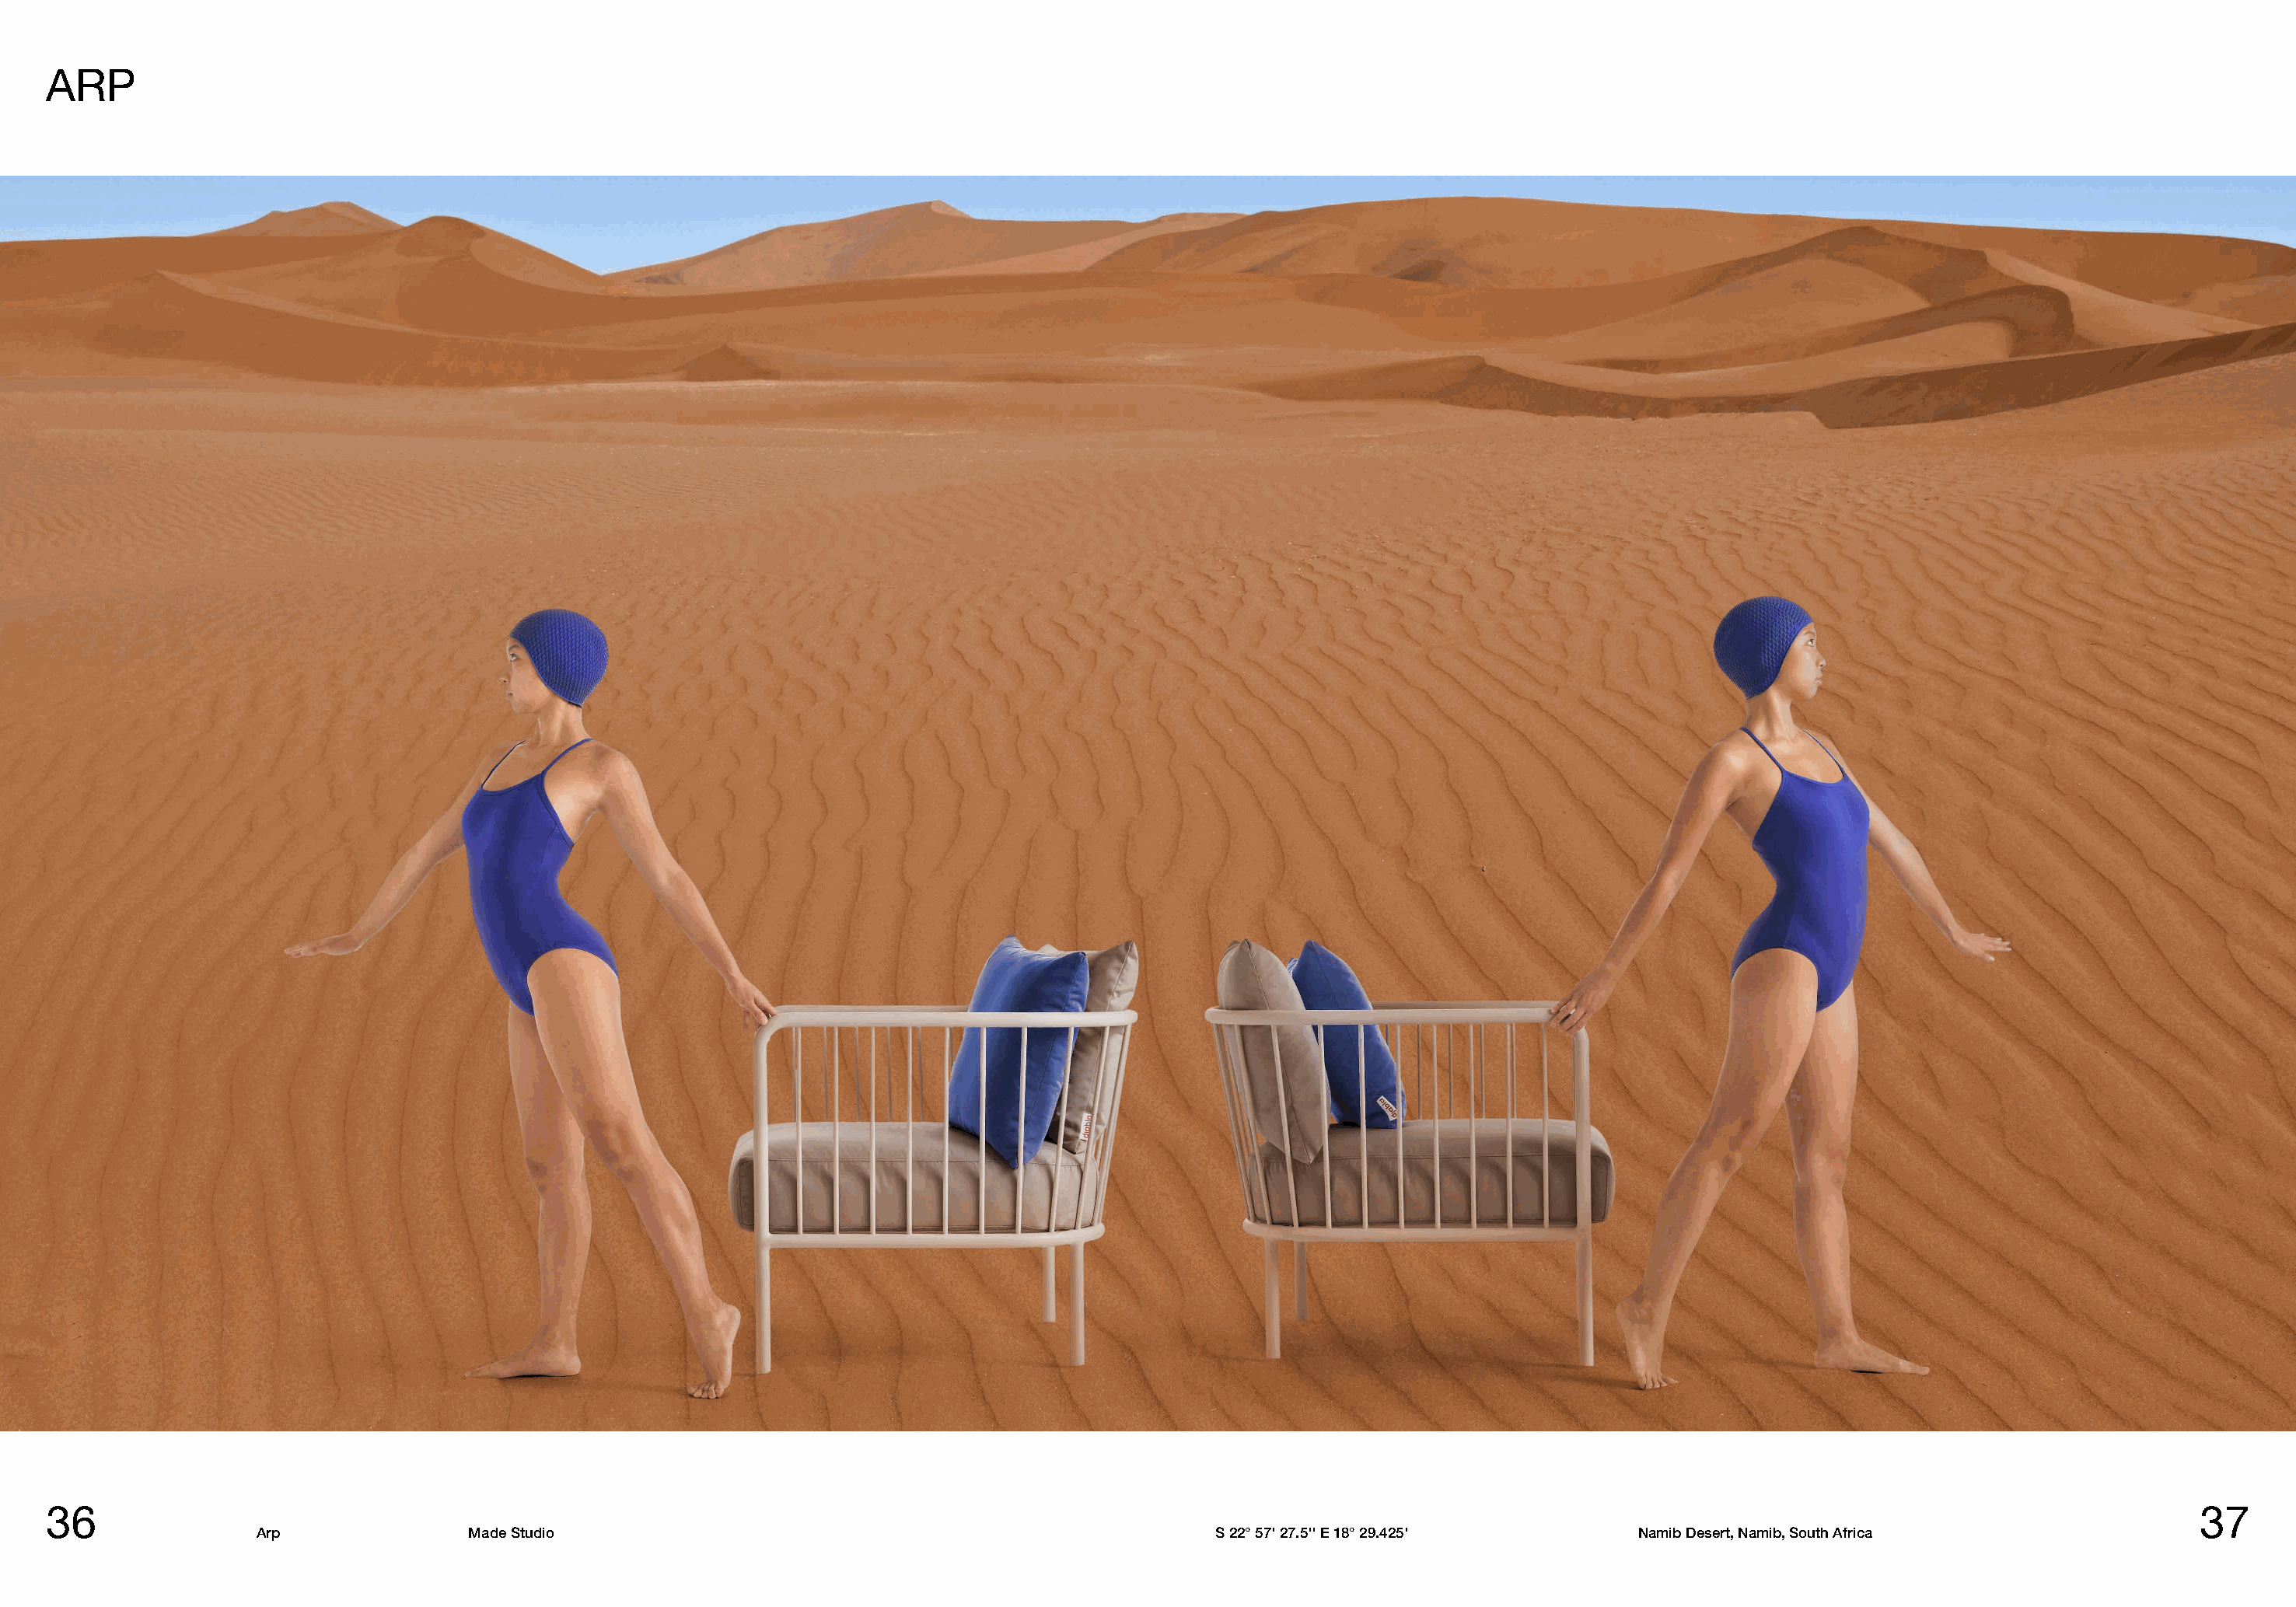
ARP
 36                                                                                                                                                                                     37
 Arp               Made Studio                                                    S 22° 57' 27.5'' E 18° 29.425'      Namib Desert, Namib, South Africa